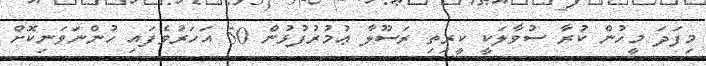
މިފަދަ މީހުން ކުރާ ސުވާލަކީ ކީރިތި ރަސޫލާ ޢުމުރުފުޅުން 50 އަހަރުވެފައި ހުންނަވަނިކޮށް